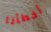
أخطأنا